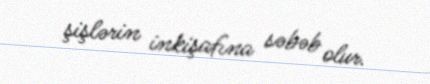
şişlərin inkişafına səbəb olur.